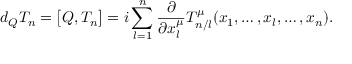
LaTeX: d _ { Q } T _ { n } = \bigl [ Q , T _ { n } \bigr ] = i \sum _ { l = 1 } ^ { n } \frac { \partial } { \partial x _ { l } ^ { \mu } } T _ { n / l } ^ { \mu } ( x _ { 1 } , \ldots , x _ { l } , \ldots , x _ { n } ) .